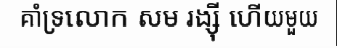
គាំទ្រលោក សម រង្ស៊ី ហើយមួយ